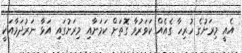
އެއީ މިރަށުގެ ހުރިހާ ގެއެއް ކަވަރުވާ ގޮތަށް ކަމަށާއި މިރަށުގައި އަޅާ ނަރުދަމާއަކީ